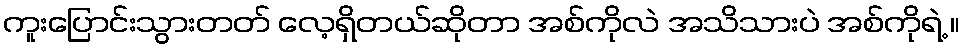
ကူးပြောင်းသွားတတ် လေ့ရှိတယ်ဆိုတာ အစ်ကိုလဲ အသိသားပဲ အစ်ကိုရဲ့ ။